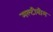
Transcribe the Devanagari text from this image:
मल्टीबीम